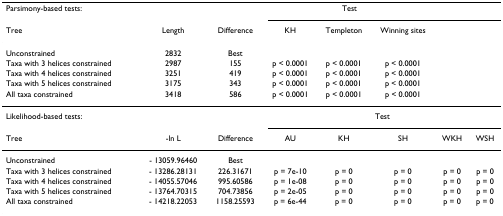
| Parsimony-based tests: |  |  | <COLSPAN=3> Test |  |  |
 | Tree | Length | Difference | KH | Templeton | Winning sites |  |  |
 | --- | --- | --- | --- | --- | --- | --- | --- |
 | Unconstrained | 2832 | Best |  |  |  |  |  |
 | Taxa with 3 helices constrained | 2987 | 155 | p < 0.0001 | p < 0.0001 | p < 0.0001 |  |  |
 | Taxa with 4 helices constrained | 3251 | 419 | p < 0.0001 | p < 0.0001 | p < 0.0001 |  |  |
 | Taxa with 5 helices constrained | 3175 | 343 | p < 0.0001 | p < 0.0001 | p < 0.0001 |  |  |
 | All taxa constrained | 3418 | 586 | p < 0.0001 | p < 0.0001 | p < 0.0001 |  |  |
 | Likelihood-based tests: |  |  | <COLSPAN=5> Test |
 | Tree | -ln L | Difference | AU | KH | SH | WKH | WSH |
 | Unconstrained | - 13059.96460 | Best |  |  |  |  |  |
 | Taxa with 3 helices constrained | - 13286.28131 | 226.31671 | p = 7e-10 | p = 0 | p = 0 | p = 0 | p = 0 |
 | Taxa with 4 helices constrained | - 14055.57046 | 995.60586 | p = 1e-08 | p = 0 | p = 0 | p = 0 | p = 0 |
 | Taxa with 5 helices constrained | - 13764.70315 | 704.73856 | p = 2e-05 | p = 0 | p = 0 | p = 0 | p = 0 |
 | All taxa constrained | - 14218.22053 | 1158.25593 | p = 6e-44 | p = 0 | p = 0 | p = 0 | p = 0 |